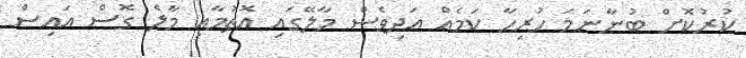
ކުރުކޮށް ބުނާނަމަ ހުރިހާ ކަމެއް އަދިވެސް މާލޭގައި އޮތުމާއި މާލެ ގޮސް އައިސް